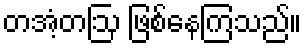
တအံ့တဩ ဖြစ်နေကြသည်။